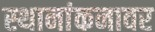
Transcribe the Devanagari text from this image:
स्थानांकनावर